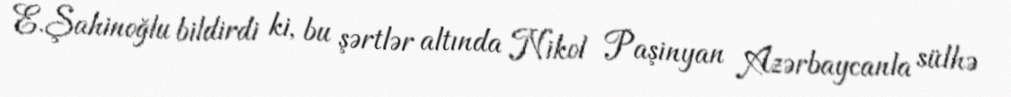
E.Şahinoğlu bildirdi ki, bu şərtlər altında Nikol Paşinyan Azərbaycanla sülhə